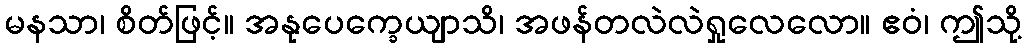
မနသာ၊ စိတ်ဖြင့်။ အနုပေက္ခေယျာသိ၊ အဖန်တလဲလဲရှုလေလော။ ဧဝံ၊ ဤသို့